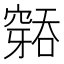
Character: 𮄐